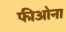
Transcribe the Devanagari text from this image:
फीओना